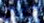
جارتي